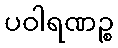
ပဝါရဏဉ္စ